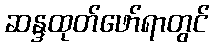
ဆန္ဒထုတ်ဖော်ရာတွင်